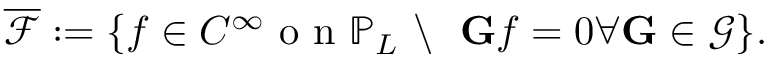
\overline { { \mathcal { F } } } : = \{ f \in C ^ { \infty } \mathrm { ~ o ~ n ~ } \mathbb { P } _ { L } \ \backslash \ \ \mathbf { G } f = 0 \forall \mathbf { G } \in \mathcal { G } \} .